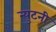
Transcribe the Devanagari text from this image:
न्युटनी